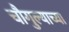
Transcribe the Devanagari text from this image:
चौगुल्याच्या